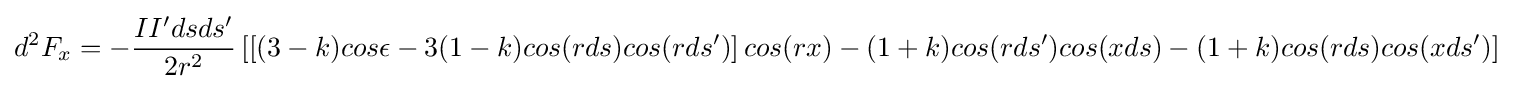
d^{2}F_{x}=-{\frac {II'dsds'}{2r^{2}}}\left[\left[(3-k)cos\epsilon -3(1-k)cos(rds)cos(rds')\right]cos(rx)-(1+k)cos(rds')cos(xds)-(1+k)cos(rds)cos(xds')\right]